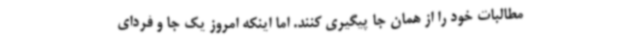
مطالبات خود را از همان جا پیگیری کنند. اما اینکه امروز یک جا و فردای